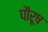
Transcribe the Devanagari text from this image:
पौरूष